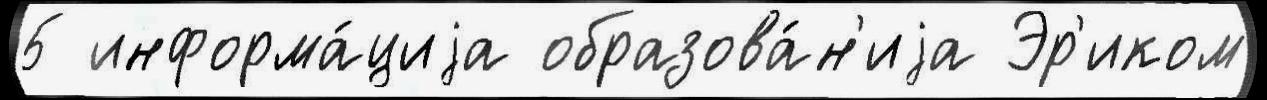
5 информа́циjа образова́н'иjа Эр'иком